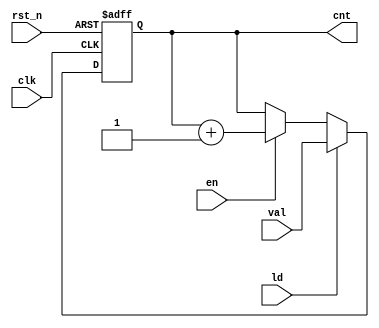
`timescale 1ns / 1ps

// Brief: Binary Counter, synchronized, auxiliary
module AuxCounter(clk, rst_n, en, ld, val, cnt);
    parameter CntBit = 32;
    input clk;
    input rst_n;
    input en;
    input ld;
    input [CntBit - 1:0] val;
    output reg [CntBit - 1:0] cnt;

    always @(posedge clk, negedge rst_n) begin
        if (!rst_n)
            cnt <= 'd0;
        else if (ld)
            cnt <= val;
        else if (en)
            cnt <= cnt + 'd1;
    end
endmodule